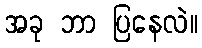
အခု ဘာ ပြနေလဲ။